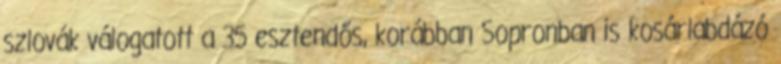
szlovák válogatott a 35 esztendős, korábban Sopronban is kosárlabdázó